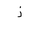
Letter: _thal